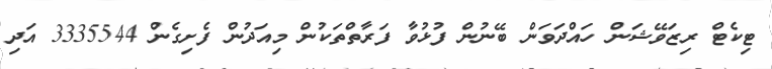
ޓިކެޓް ރިޒަވޭޝަން ހައްދަވަން ބޭނުން ފުޅުވާ ފަރާތްތަކުން މިއަދުން ފެށިގެން 3335544 އަދި